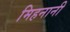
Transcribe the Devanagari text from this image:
मिहनानी